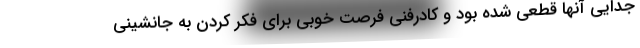
جدایی آنها قطعی شده بود و کادرفنی فرصت خوبی برای فکر کردن به جانشینی